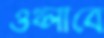
ওথ্‌লাবে